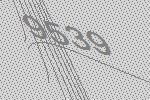
9539